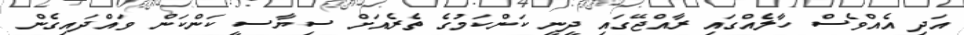
އަދި އެއްވެސް ހާލެއްގައި ރާއްޖޭގައި ދީނީ ކަންކަމުގެ ތެރެއަށް ސިޔާސީ ކަންކަން ވައްދައިގެން